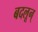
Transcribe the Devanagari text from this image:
बदलून्